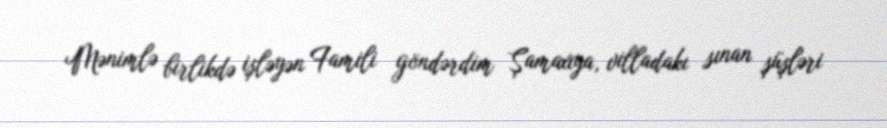
Mənimlə birlikdə işləyən Famili göndərdim Şamaxıya, villadakı sınan şüşləri